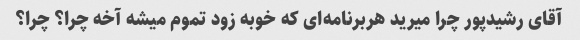
آقای رشیدپور چرا میرید هربرنامه‌ای که خوبه زود تموم میشه آخه چرا؟ چرا؟